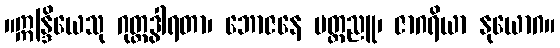
။ဣန္ဒြိယေသု ဂုတ္တဒွါရတာ၊ ဘောဇနေ မတ္တညူ၊ ဇာဂရိယာ နုယောဂ။